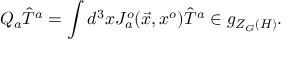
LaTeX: Q _ { a } { \hat { T } } ^ { a } = \int d ^ { 3 } x J _ { a } ^ { o } ( \vec { x } , x ^ { o } ) { \hat { T } } ^ { a } \in g _ { Z _ { G } ( H ) } .